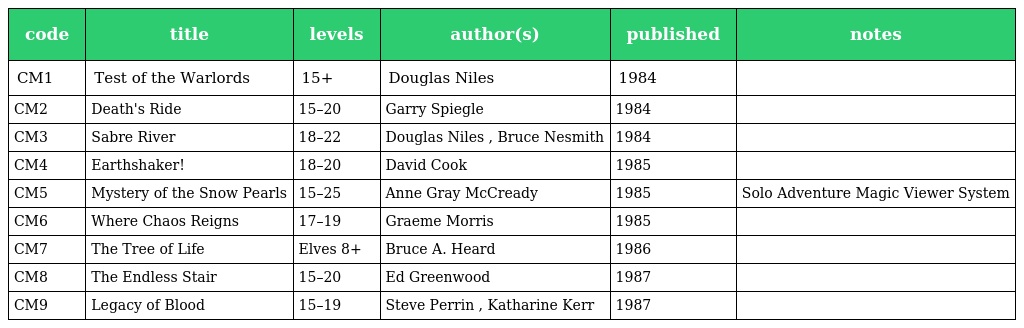
| code | title | levels | author(s) | published | notes |
 | --- | --- | --- | --- | --- | --- |
 | CM1 | Test of the Warlords | 15+ | Douglas Niles | 1984 |  |
 | CM2 | Death's Ride | 15–20 | Garry Spiegle | 1984 |  |
 | CM3 | Sabre River | 18–22 | Douglas Niles , Bruce Nesmith | 1984 |  |
 | CM4 | Earthshaker! | 18–20 | David Cook | 1985 |  |
 | CM5 | Mystery of the Snow Pearls | 15–25 | Anne Gray McCready | 1985 | Solo Adventure Magic Viewer System |
 | CM6 | Where Chaos Reigns | 17–19 | Graeme Morris | 1985 |  |
 | CM7 | The Tree of Life | Elves 8+ | Bruce A. Heard | 1986 |  |
 | CM8 | The Endless Stair | 15–20 | Ed Greenwood | 1987 |  |
 | CM9 | Legacy of Blood | 15–19 | Steve Perrin , Katharine Kerr | 1987 |  |